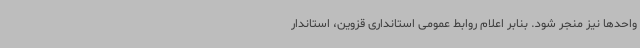
واحدها نیز منجر شود. بنابر اعلام روابط عمومی استانداری قزوین، استاندار